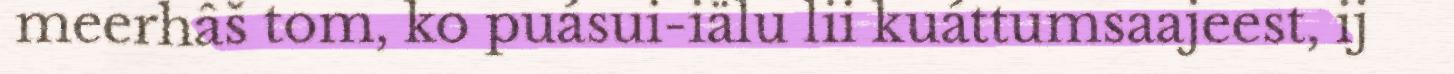
meerhâš tom, ko puásui-iälu lii kuáttumsaajeest, ij